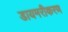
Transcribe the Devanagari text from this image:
डायमरीकरण